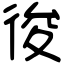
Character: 𢓭